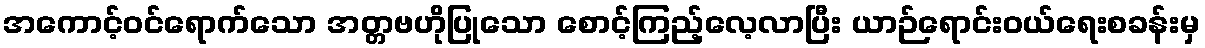
အကောင့်ဝင်ရောက်သော အတ္တဗဟိုပြုသော စောင့်ကြည့်လေ့လာပြီး ယာဉ်ရောင်းဝယ်ရေးစခန်းမှ